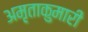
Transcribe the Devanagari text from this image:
अमृताकुमारी